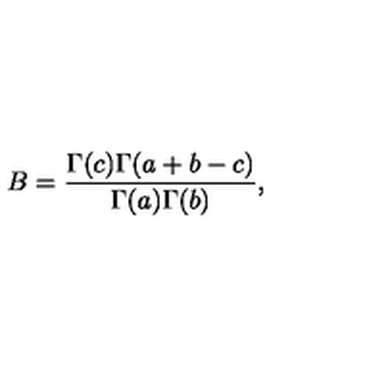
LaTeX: B = \frac { \Gamma ( c ) \Gamma ( a + b - c ) } { \Gamma ( a ) \Gamma ( b ) } ,